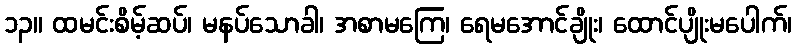
၁၃။ ထမင်းစိမ့်ဆပ်၊ မနပ်သောခါ၊ အစာမကြေ၊ ရေမအောင်ချိုး၊ ထောင်ပျိုးမပေါက်၊